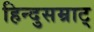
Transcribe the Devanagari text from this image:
हिन्दुसम्राट्